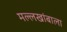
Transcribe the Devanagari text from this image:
मल्लखांबाला